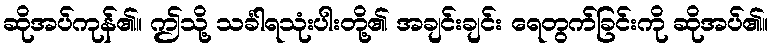
ဆိုအပ်ကုန်၏။ ဤသို့ သင်္ခါရသုံးပါးတို့၏ အချင်းချင်း ရေတွက်ခြင်းကို ဆိုအပ်၏။